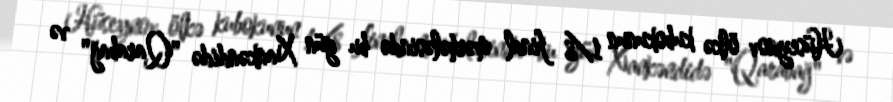
Hüseynov ölkə kubokunun 1/8 final mərhələsində bu gün Xankəndidə "Qarabağ" və